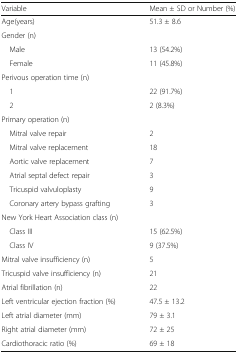
<table><thead><tr><td><b>Variable</b></td><td><b>Mean ± SD or Number (%)</b></td></tr></thead><tbody><tr><td>Age(years)</td><td>51.3 ± 8.6</td></tr><tr><td>Gender (n)</td><td></td></tr><tr><td> Male</td><td>13 (54.2%)</td></tr><tr><td> Female</td><td>11 (45.8%)</td></tr><tr><td>Perivous operation time (n)</td><td></td></tr><tr><td> 1</td><td>22 (91.7%)</td></tr><tr><td> 2</td><td>2 (8.3%)</td></tr><tr><td>Primary operation (n)</td><td></td></tr><tr><td> Mitral valve repair</td><td>2</td></tr><tr><td> Mitral valve replacement</td><td>18</td></tr><tr><td> Aortic valve replacement</td><td>7</td></tr><tr><td> Atrial septal defect repair</td><td>3</td></tr><tr><td> Tricuspid valvuloplasty</td><td>9</td></tr><tr><td> Coronary artery bypass grafting</td><td>3</td></tr><tr><td>New York Heart Association class (n)</td><td></td></tr><tr><td> Class III</td><td>15 (62.5%)</td></tr><tr><td> Class IV</td><td>9 (37.5%)</td></tr><tr><td>Mitral valve insufficiency (n)</td><td>5</td></tr><tr><td>Tricuspid valve insufficiency (n)</td><td>21</td></tr><tr><td>Atrial fibrillation (n)</td><td>22</td></tr><tr><td>Left ventricular ejection fraction (%)</td><td>47.5 ± 13.2</td></tr><tr><td>Left atrial diameter (mm)</td><td>79 ± 3.1</td></tr><tr><td>Right atrial diameter (mm)</td><td>72 ± 25</td></tr><tr><td>Cardiothoracic ratio (%)</td><td>69 ± 18</td></tr></tbody></table>